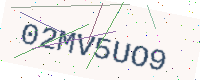
Text: 02MV5UO9